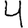
Digit: 4